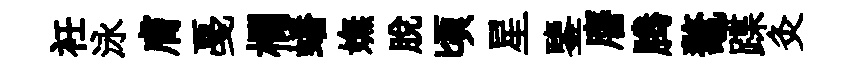
衽泳膚戞欄蟠嫵脱頃星鑒譍腾鼇蹀灸